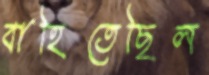
বাহিতেছিল